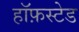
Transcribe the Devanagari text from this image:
हॉफ़स्टेड